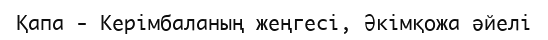
Қапа - Керімбаланың жеңгесі, Әкімқожа әйелі